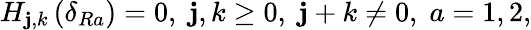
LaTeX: H_{\mathbf{j},k}\left(\delta_{Ra}\right)=0,\; \mathbf{j},k\geq0,\; \mathbf{j}+k\neq0,\; a=1,2,